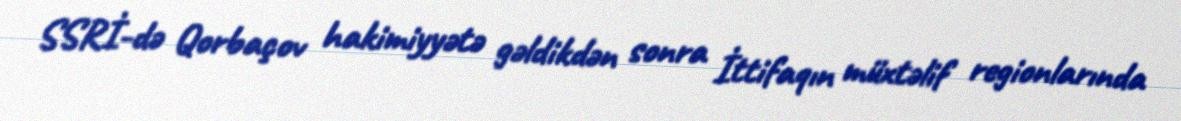
SSRİ-də Qorbaçov hakimiyyətə gəldikdən sonra İttifaqın müxtəlif regionlarında